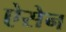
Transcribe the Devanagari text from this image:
ऐसेन